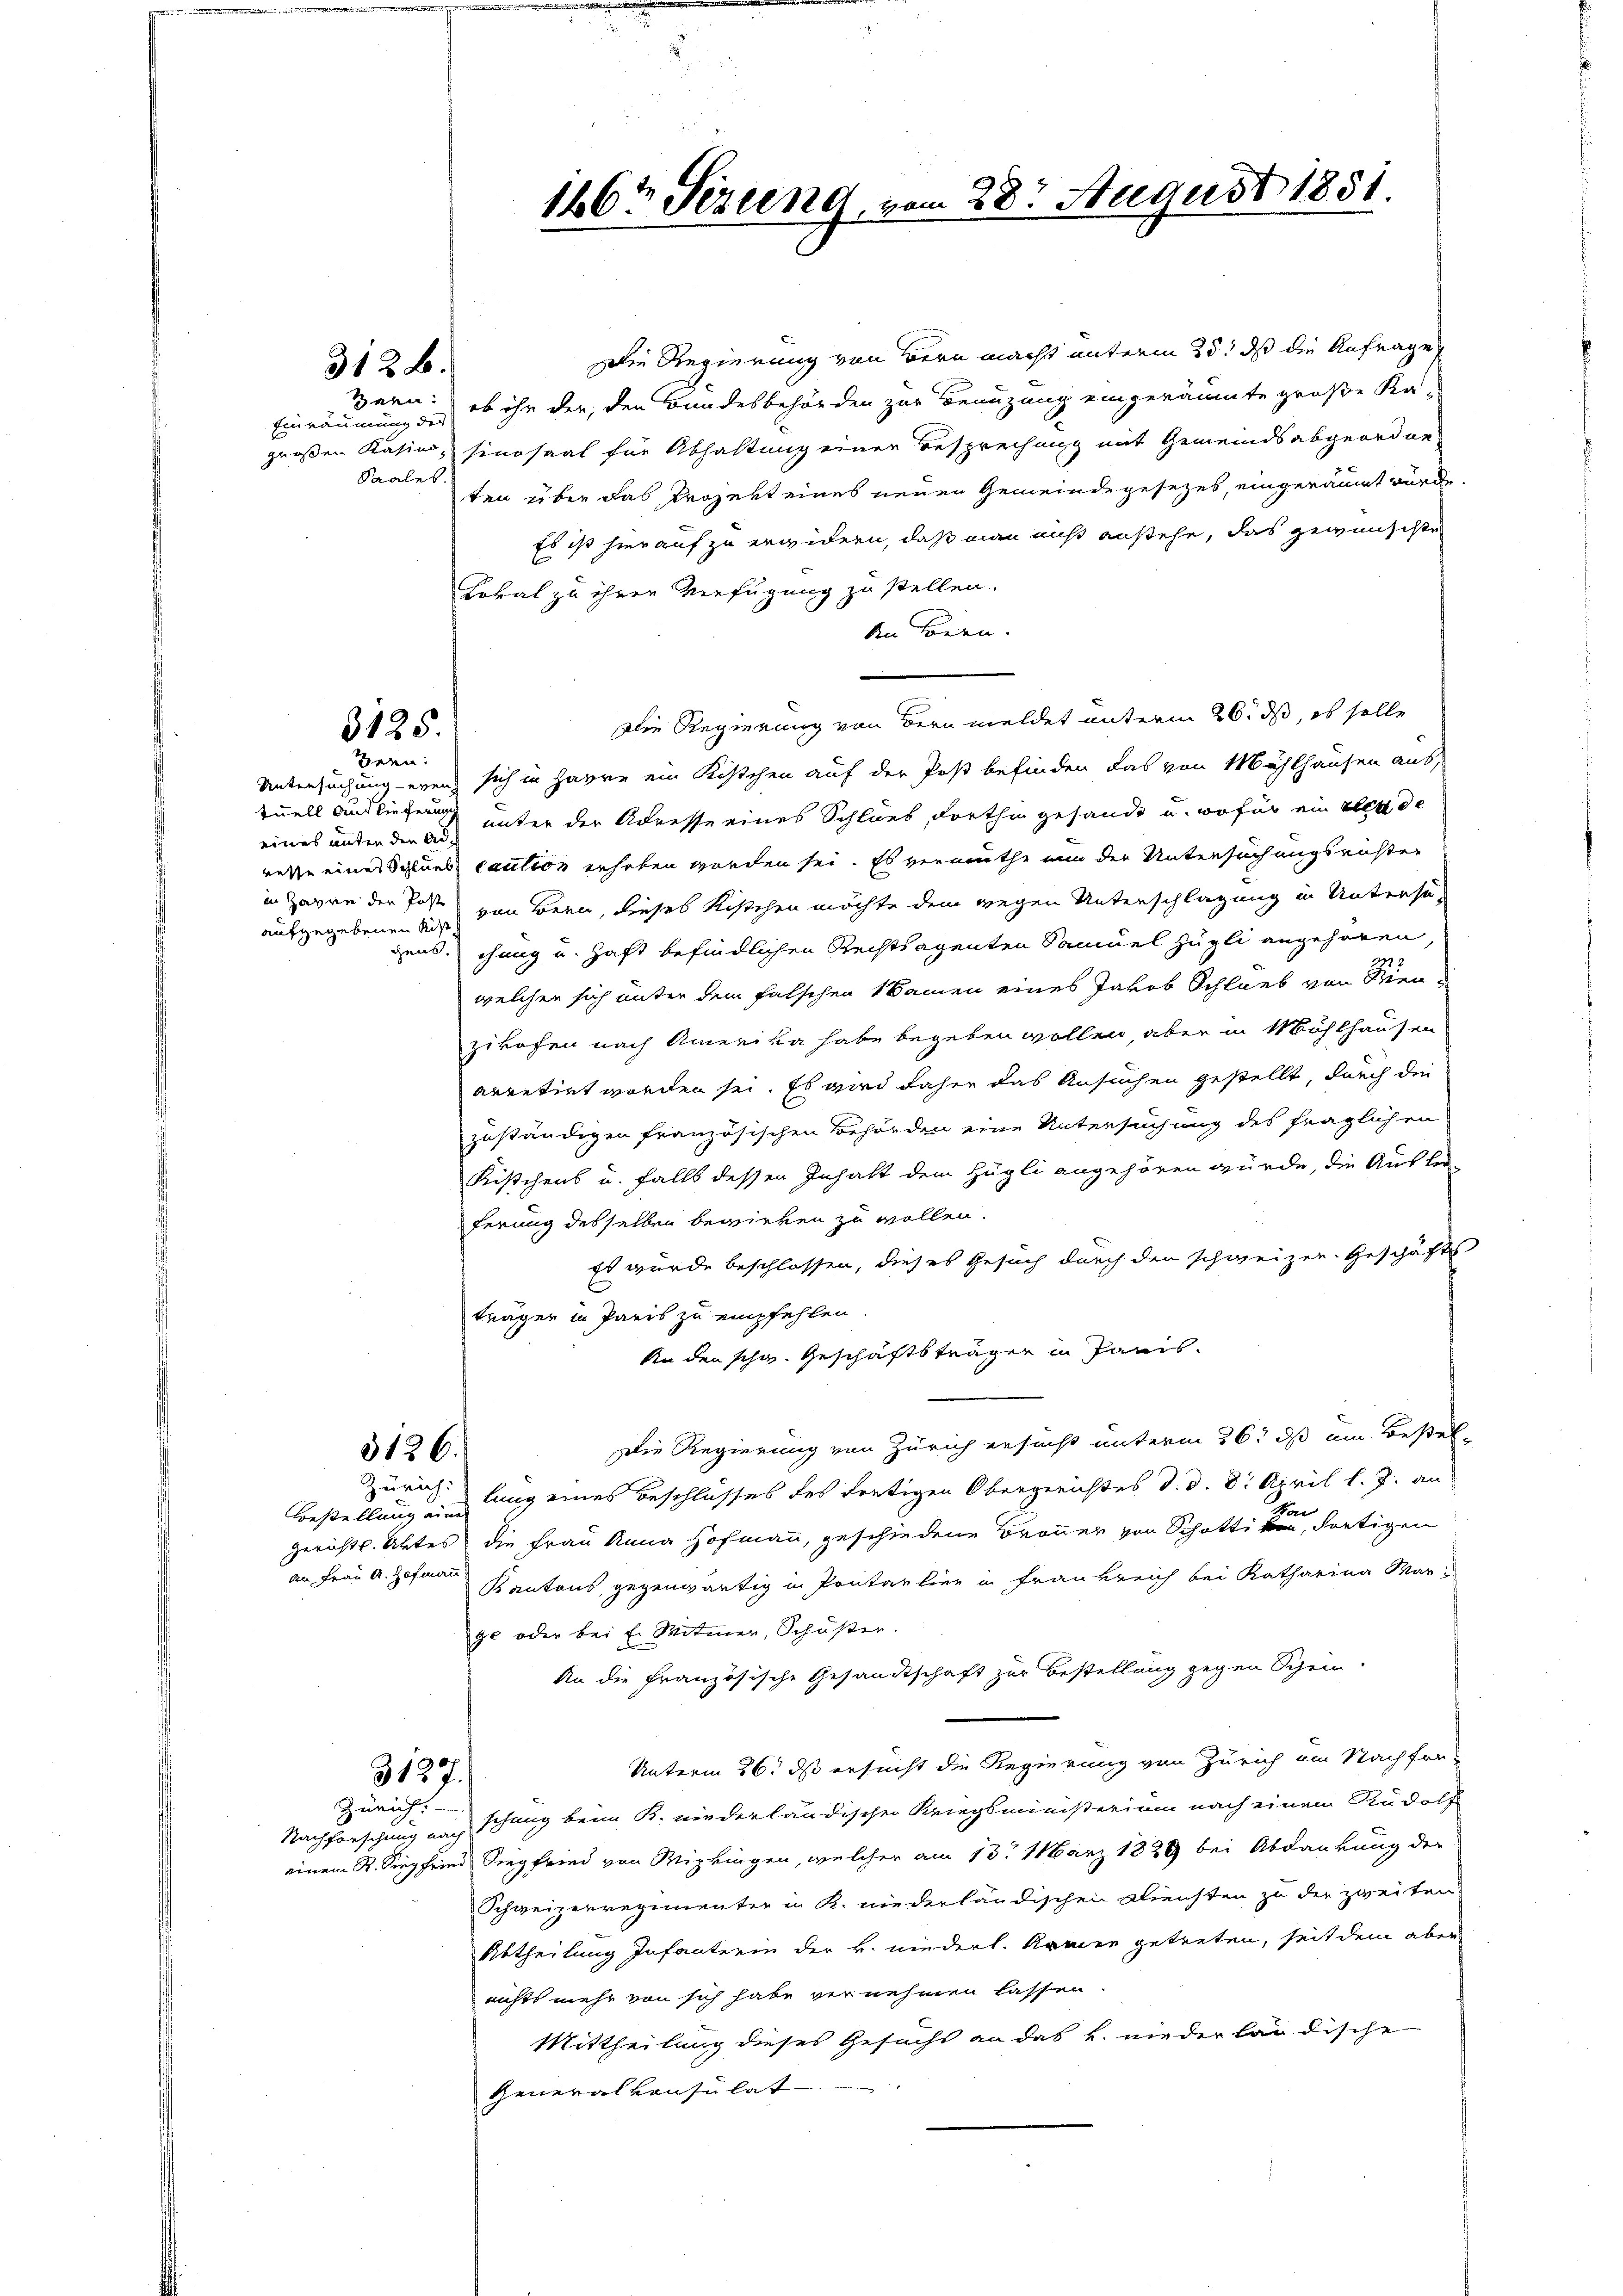
Die Regierung von Bern macht unterm 25. dß die Anfrages
Hern: ob ihr der, den Bundesbehörden zur Benuzung eingeräumte große Ka-
großen Kasino, sinosaal für Abhaltung einer Besprechung mit Gemeindsabgeordne
ten über das Projekt eines neuen Gemeindegesezes, eingeräumt würde.
Es ist hierauf zu erwidern, daß man nicht anstehe, das gewünschte
Lokal zu ihren Verfügung zu stellen.
An Loren.
Die Regierung von Bern meldet unterm 26. ds, es solle
sich in Harre ein Kistchen auf der Post befinden das von Mühlhausen aus,
tuell Auslieferung unter der Adresse eines Schlues, dortha gesandt u. wofür ein den de
rette einer Schlues caution erhoben worden sei. Es vermuthe nun der Untersuchungsrichter
in Zagen der Post von Bern, dieses Kistchen möchte dem wegen Unterschlagung in Untersu-
aufgegebenen Rist
dens, chang u. haft befindlichen Rechtsagenten Samuel zügli angehören
welcher sich unter dem falschen Namen eines Jakob Schlieb von Sien-
zikofen nach Amerika habe begeben wollen, aber in Möhlhausen
arretirt worden sei. Es wird daher das Ansuchen gestellt, durch die
zuständigen französischen Behörden eine Untersuchung des fraglichen
Kistchens u. falls dessen Inhalt dem Hügli angehören würde, die Ausfe
ferung desselben bewirken zu wollen.
Es wurde beschlossen, dieses Gesuch durch den schweizer. Geschäfts
träger in Paris zu empfehlen.
An den schw. Geschäftsträger in Paris.
Die Regierung von Zürich ersucht unterm 26. ds am Bestel¬
3126.
Zürich lang eines Beschlusses des Fertigen Obergerichtes d. d. 8. April l. J. an
o
Bestellung eine
Gerichtl. Aktes die Frau Anna Hofmann, geschiedene Brauner von Schottiker, dortigen
An Frau R. Hofmann
Kantons, gegenwärtig in Pontartier in Frankreich bei Katharina Mar-
ge oder bei E. Mitmer, Schüßer.
An die französische Gesandtschaft zur Bestellung gegen Schein-
Unterm 26. ds ersucht die Regierung von Zürich am Nachfor-
3127.
Zürich.
Nachforschung nach schung beim K. niederländischer Kriegsministerium nach einem Rudolf
einem R. Siegfried Siegfried von Wipkingen, welcher am 13. März 1829 bei Abdankung der
Schweizerregimenter in K. niederländischen Diensten zu der zweiten
Abtheilung Infanterin der k. niederl. Kamer getreten, seit dem aber
nichts mehr von sich habe vernehmen lassen
Mittheilung dieses Gesuchs an das k. niederländische
Generalkonsulat

312 B.

Einräumung der
Saales.

3125.

ren:
Untersuchen even
eines unten der Ad¬

146ten Serend vom 28. August 1851
.